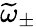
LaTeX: \widetilde{\omega}_{\pm}